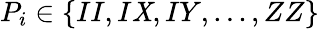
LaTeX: P_{i}\in\{ II,I\mathit{X},IY,...,ZZ\}